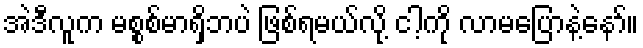
အဲဒီလူက မစ္စစ်မာရှိဘပဲ ဖြစ်ရမယ်လို့ ငါ့ကို လာမပြောနဲ့နော်။